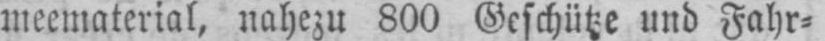
meematerial, nahezu 800 Geschütze und Fahr⸗